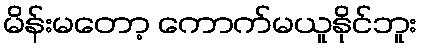
မိန်းမတော့ ကောက်မယူနိုင်ဘူး